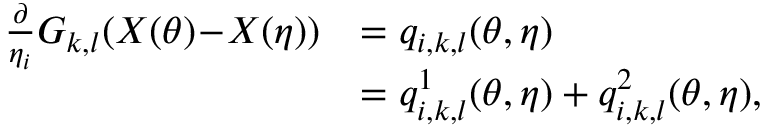
\begin{array} { r l } { \frac { \partial } { \eta _ { i } } G _ { k , l } ( \boldsymbol { X } ( \boldsymbol { \theta } ) \! - \! \boldsymbol { X } ( \boldsymbol { \eta } ) ) } & { = q _ { i , k , l } ( { \boldsymbol { \theta } } , { \boldsymbol { \eta } } ) } \\ & { = q _ { i , k , l } ^ { 1 } ( { \boldsymbol { \theta } } , { \boldsymbol { \eta } } ) + q _ { i , k , l } ^ { 2 } ( { \boldsymbol { \theta } } , { \boldsymbol { \eta } } ) , } \end{array}